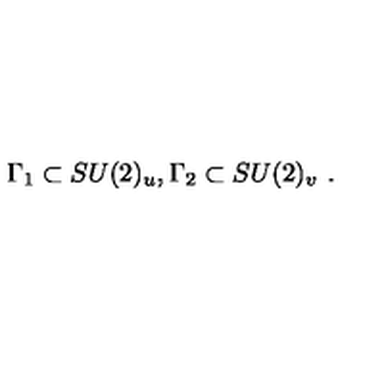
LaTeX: \Gamma _ { 1 } \subset S U ( 2 ) _ { u } , \Gamma _ { 2 } \subset S U ( 2 ) _ { v } \ .